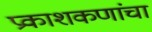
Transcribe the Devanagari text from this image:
प्रकाशकणांचा